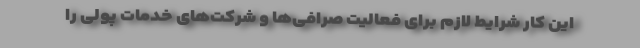
این کار شرایط لازم برای فعالیت صرافی‌ها و شرکت‌های خدمات پولی را